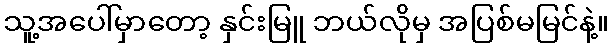
သူ့အပေါ်မှာတော့ နှင်းမြူ ဘယ်လိုမှ အပြစ်မမြင်နဲ့။